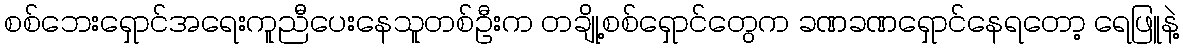
စစ်ဘေးရှောင်အရေးကူညီပေးနေသူတစ်ဦးက တချို့စစ်ရှောင်တွေက ခဏခဏရှောင်နေရတော့ ရေဖြူနဲ့